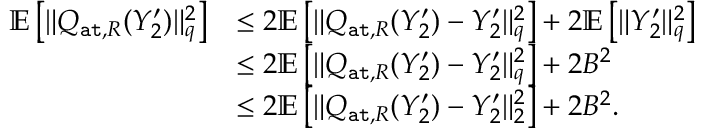
\begin{array} { r l } { \mathbb { E } \left[ \| Q _ { { \tt a t } , R } ( Y _ { 2 } ^ { \prime } ) \| _ { q } ^ { 2 } \right] } & { \leq 2 \mathbb { E } \left[ \| Q _ { { \tt a t } , R } ( Y _ { 2 } ^ { \prime } ) - Y _ { 2 } ^ { \prime } \| _ { q } ^ { 2 } \right] + 2 \mathbb { E } \left[ \| Y _ { 2 } ^ { \prime } \| _ { q } ^ { 2 } \right] } \\ & { \leq 2 \mathbb { E } \left[ \| Q _ { { \tt a t } , R } ( Y _ { 2 } ^ { \prime } ) - Y _ { 2 } ^ { \prime } \| _ { q } ^ { 2 } \right] + 2 B ^ { 2 } } \\ & { \leq 2 \mathbb { E } \left[ \| Q _ { { \tt a t } , R } ( Y _ { 2 } ^ { \prime } ) - Y _ { 2 } ^ { \prime } \| _ { 2 } ^ { 2 } \right] + 2 B ^ { 2 } . } \end{array}